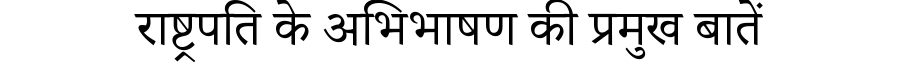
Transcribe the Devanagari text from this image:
राष्ट्रपति के अभिभाषण की प्रमुख बातें